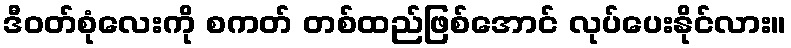
ဒီဝတ်စုံလေးကို စကတ် တစ်ထည်ဖြစ်အောင် လုပ်ပေးနိုင်လား။